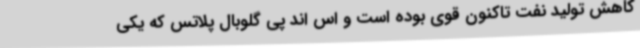
کاهش تولید نفت تاکنون قوی بوده است و اس اند پی گلوبال پلاتس که یکی